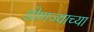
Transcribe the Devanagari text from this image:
डोणज्याच्या